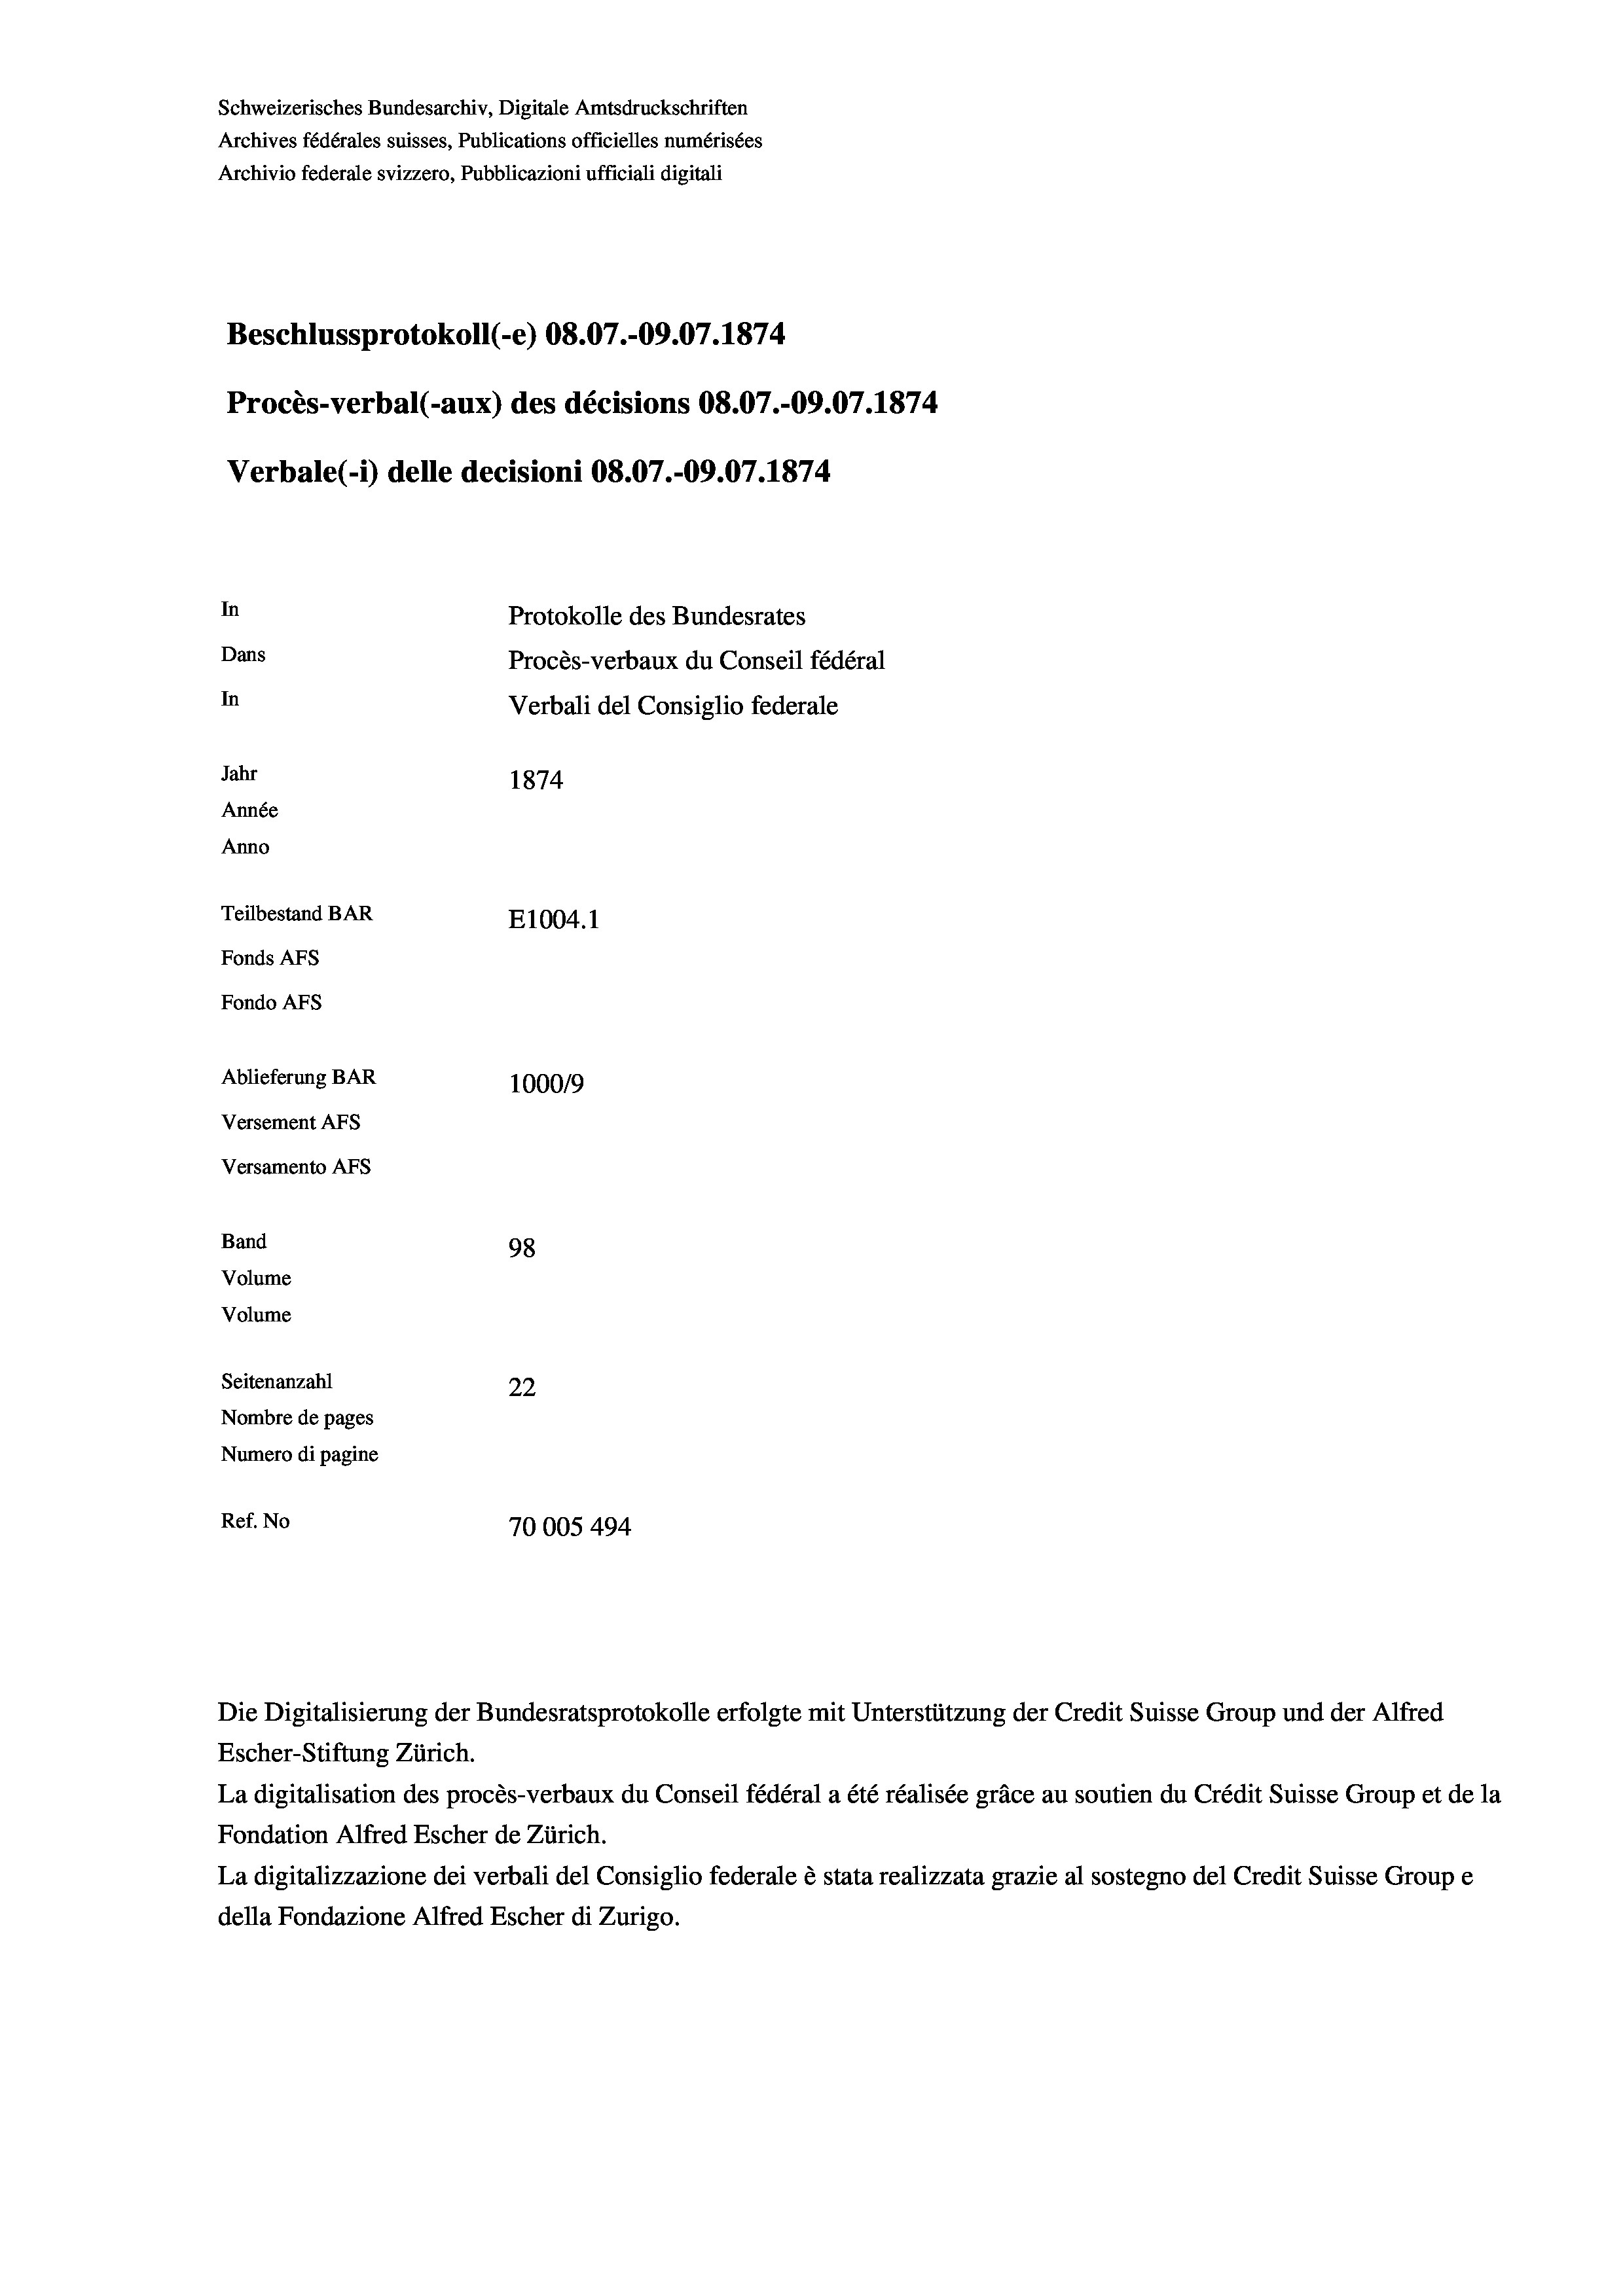
Schweizerisches Bundesarchiv, Digitale Amtsdruckschriften
Archives fédérales suisses, Publications officielles numérisées
Archivio federale svizzero, Pubblicazioni ufficiali digitali
Beschlussprotokoll (-e) 08.07.-09.07. 1874
Procès-verbal (-aux) des décisions 08.07.-09.07. 1874
Verbale (- 1) delle decisioni 08.07.-09.07. 1874
In
Protokolle des Bundesrates
Dans
Procès-verbaux du Conseil fédéral
In
Verbali del Consiglio federale
Jahr
1874
Année
Anno
Teilbestand BAR
E1004. 1
Fonds AFs
Fondo AFS
Ablieferung BAR
100019
Versement AFs
Versamento Afs
Band
98

Volume
Volume
Seitenanzahl
22
Nombre de pages
Numero di pagine
Ref. No
70005 494

Escher-Stiftung Zürich.
La digitalisation des procès-verbaux du Conseil fédéral a été réalisée gräce au soutien du Crédit Suisse Group et de la
Fondation Alfred Escher de Zürich.
La digitalizzazione dei verbali del Consiglio federale è stata realizzata grazie al sostegno del Credit Suisse Groupe
della Fondazione Alfred Escher di Zurigo.

Die Digitalisierung der Bundesratsprotokolle erfolgte mit Unterstützung der Credit Suisse Group und der Alfred